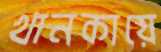
খানকায়ে